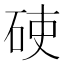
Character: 𥒅